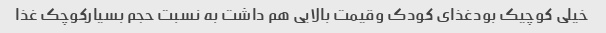
خیلی کوچیک بودغذای کودک وقیمت بالایی هم داشت به نسبت حجم بسیارکوچک غذا